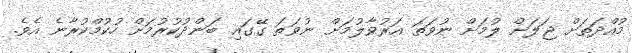
މުއްދަތަށް ޖަލަށް ލުމަށް ނުވަތަ އަރުވާލުމަށް ނުވަތަ ގޭގައި ބަންދުކުރުމަށް ހުކުމްކުރާނެ އެވެ.